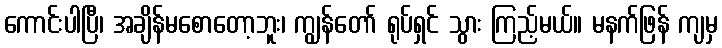
ကောင်းပါပြီ၊ အချိန်မစောတော့ဘူး၊ ကျွန်တော် ရုပ်ရှင် သွား ကြည့်မယ်။ မနက်ဖြန် ကျမှ